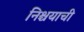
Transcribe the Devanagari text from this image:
निश्चयाची